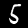
Label: 5